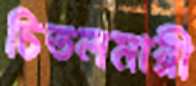
চিতলমারী